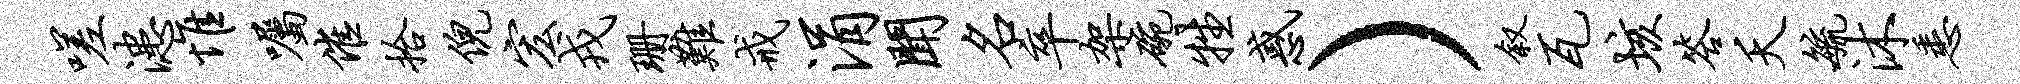
嗟漶惟嘱催拾倪宏戎珊难戒涓闻名卒架碗牲惑）叙瓦垓答夭毓沐悉